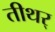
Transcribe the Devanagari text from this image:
तीथर्